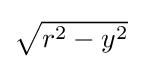
{\textstyle {\sqrt {r^{2}-y^{2}}}}